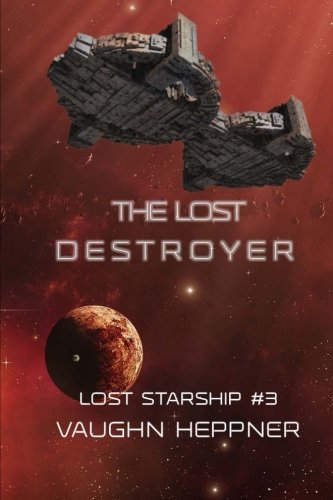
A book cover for The Lost Destroyer (Lost Starship Series) (Volume 3); Vaughn Heppner; Science Fiction & Fantasy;